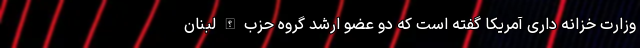
وزارت خزانه داری آمریکا گفته است که دو عضو ارشد گروه حزب الله لبنان